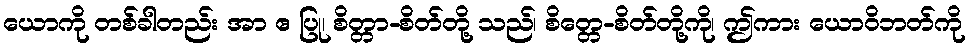
ယောကို တစ်ခါတည်း အာ ဧ ပြု၊ စိတ္တာ-စိတ်တို့ သည်၊ စိတ္တေ-စိတ်တို့ကို၊ ဤကား ယောဝိဘတ်ကို